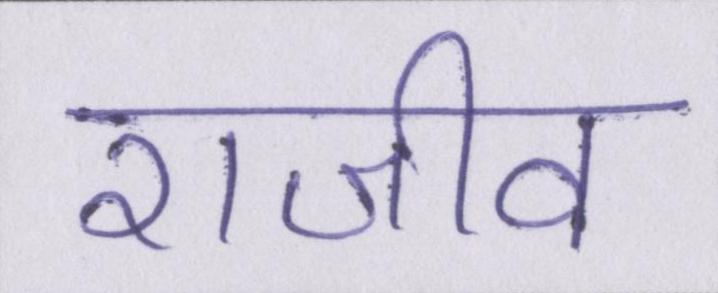
राजीव